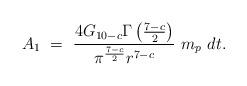
LaTeX: \begin{align*}A_1~=~\frac{4 G_{10-c}\Gamma\left(\frac{7-c}{2}\right)}{\pi^{\frac{7-c}{2}}r^{7-c}}~m_p~dt.\end{align*}